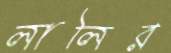
লালির